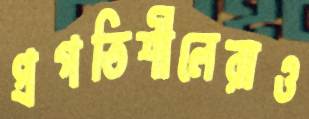
প্রগতিশীলেরাও